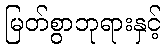
မြတ်စွာဘုရားနှင့်